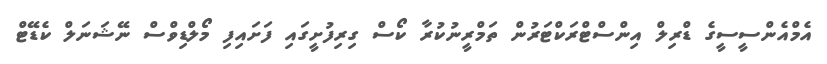
އެމްއެންސީސީގެ ޑްރިލް އިންސްޓްރަކްޓަރުން ތަމްރީނުކުރާ ކޯސް ގިރިފުށީގައި ފަށައިފި މޯލްޑިވްސް ނޭޝަނަލް ކެޑޭޓް